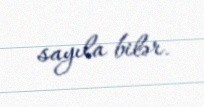
sayıla bilər.